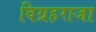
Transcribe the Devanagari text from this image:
विग्रहराजा